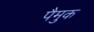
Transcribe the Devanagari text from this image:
पैमुक